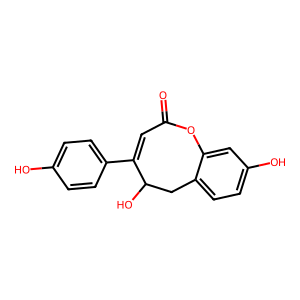
SMILES: O=C1C=C(c2ccc(O)cc2)C(O)Cc2ccc(O)cc2O1
Inhibits HIV replication: No